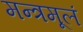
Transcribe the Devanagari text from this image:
मन्त्रमूलं